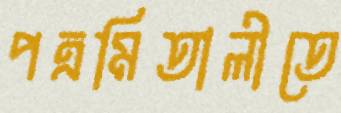
পত্রমিতালীতে